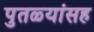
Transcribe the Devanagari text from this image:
पुतळ्यांसह